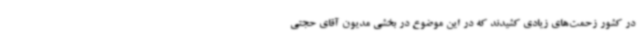
در کشور زحمت‌های زیادی کشیدند که در این موضوع در بخشی مدیون آقای حجتی